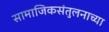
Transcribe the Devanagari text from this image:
सामाजिकसंतुलनाच्या